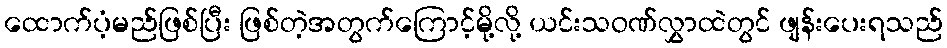
ထောက်ပံ့မည်ဖြစ်ပြီး ဖြစ်တဲ့အတွက်ကြောင့်မို့လို့ ယင်းသဝဏ်လွှာထဲတွင် ဖျန်းပေးရသည်